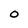
Character: 0